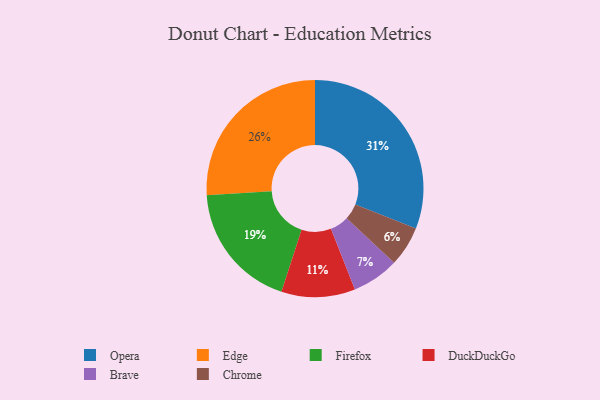
{"axis": {"x": "Category", "y": "Percentage"}, "legend": ["Brave", "Chrome", "DuckDuckGo", "Edge", "Firefox", "Opera"], "data": [{"x": "Firefox", "y": 19, "type": "Firefox"}, {"x": "Opera", "y": 31, "type": "Opera"}, {"x": "Edge", "y": 26, "type": "Edge"}, {"x": "DuckDuckGo", "y": 11, "type": "DuckDuckGo"}, {"x": "Brave", "y": 7, "type": "Brave"}, {"x": "Chrome", "y": 6, "type": "Chrome"}]}